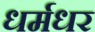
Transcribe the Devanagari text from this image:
धर्मधर